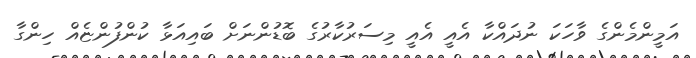
އަމީންމެންގެ ވާހަކަ ނުދައްކާ އެއީ އެއީ މިސަރުކާރުގެ ބޮޑުންނަށް ބައިއަޅާ ކުންފުންޏެއް ހިންގާ